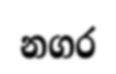
නගර